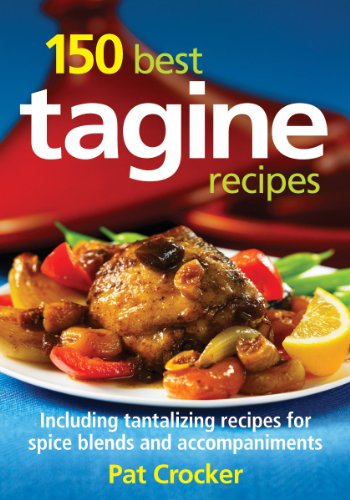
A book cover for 150 Best Tagine Recipes: Including Tantalizing Recipes for Spice Blends and Accompaniments; Pat Crocker; Cookbooks, Food & Wine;